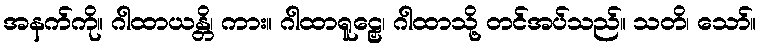
အနက်ကို။ ဂါထာယန္တိ၊ ကား။ ဂါထာရူဠှေ၊ ဂါထာသို့ တင်အပ်သည်။ သတိ၊ သော်။